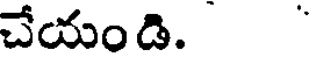
చేయండి.